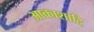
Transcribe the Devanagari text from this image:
आकाशादि